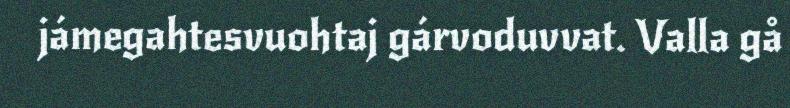
jámegahtesvuohtaj gárvoduvvat. Valla gå